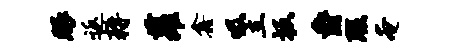
眼返耨萝鑫吸立坂爵瑕奄